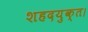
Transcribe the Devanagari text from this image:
शहदयुक्त।